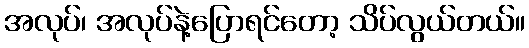
အလုပ်၊ အလုပ်နဲ့ပြောရင်တော့ သိပ်လွယ်တယ်။